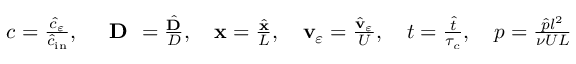
\begin{array} { r } { c = \frac { { \hat { c } } _ { \varepsilon } } { \hat { c } _ { \mathrm { \tiny { i n } } } } , \quad \textbf { D } = \frac { { \hat { \mathbf D } } } { D } , \quad \mathbf x = \frac { { \hat { \mathbf x } } } { L } , \quad \mathbf v _ { \varepsilon } = \frac { \hat { \mathbf v } _ { \varepsilon } } { U } , \quad t = \frac { { \hat { t } } } { \tau _ { c } } , \quad p = \frac { { \hat { p } } l ^ { 2 } } { { \nu } U L } } \end{array}